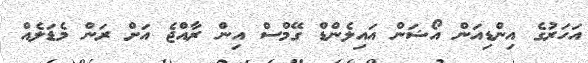
އަހަރުގެ އިންޑިއަން އޯޝަން އައިލެންޑް ގޭމްސް އިން ރާއްޖެ އަށް ރަން މެޑަލެއް